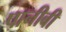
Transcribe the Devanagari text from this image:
पानीबी